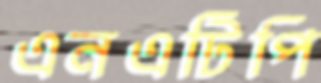
এনএটিপি